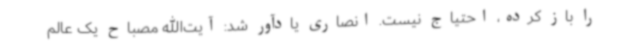
را باز کرده، احتیاج نیست. انصاری یادآور شد: آیت‌الله مصباح یک عالم